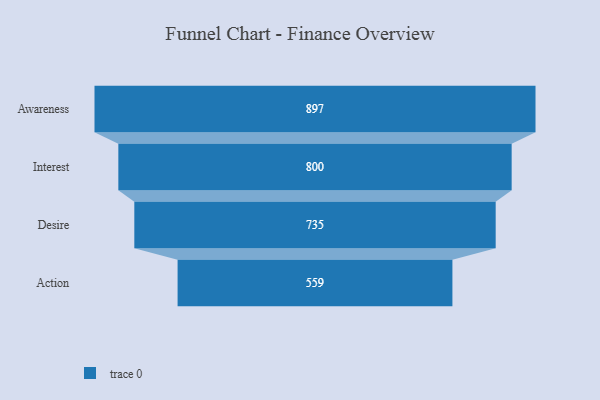
{"axis": {"x": "Stage", "y": "Value"}, "legend": [""], "data": [{"x": "Awareness", "y": 897.0, "type": ""}, {"x": "Interest", "y": 800.0, "type": ""}, {"x": "Desire", "y": 735.0, "type": ""}, {"x": "Action", "y": 559.0, "type": ""}]}